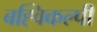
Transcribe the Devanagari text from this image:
बह्विकल्पी